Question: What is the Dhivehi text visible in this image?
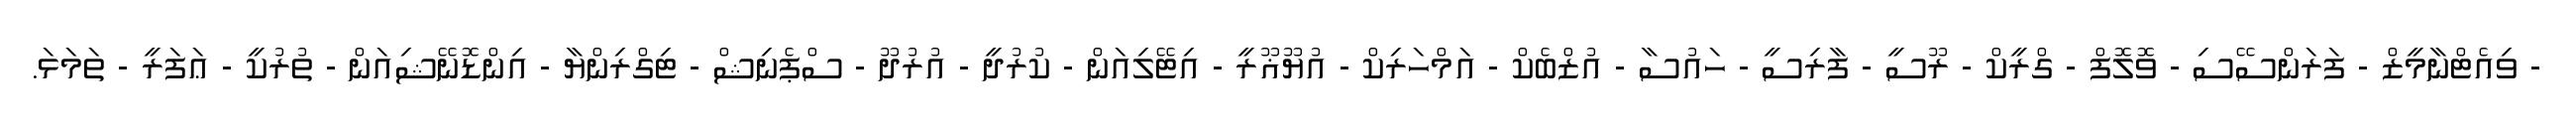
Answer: - ވިއެޓްނާމީޒް - ފަރަންސޭސި - ވޮލޮފް - ގްރީކް - ރޫސީ - ފާރިސީ - ހައުސާ - އުޒްބެކް - އަމްހަރިކް - އުޔޫޣޫރީ - އިޓޭލިއަން - ކުރުދީ - އުރުދޫ - ސްޕެނިޝް - ޓިގްރިންޔާ - އިންޑޮނޭޝިއަން - ތުރުކީ - ޢަފަރީ - ތަމަޅަ.